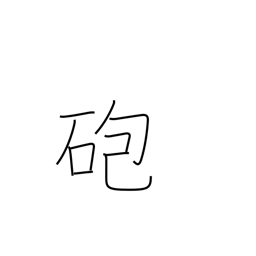
Meaning: cannon